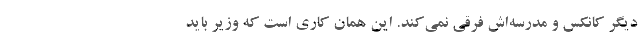
دیگر کانکس و مدرسه‌اش فرقی نمی‌کند. این همان کاری است که وزیر باید